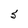
Character: 5